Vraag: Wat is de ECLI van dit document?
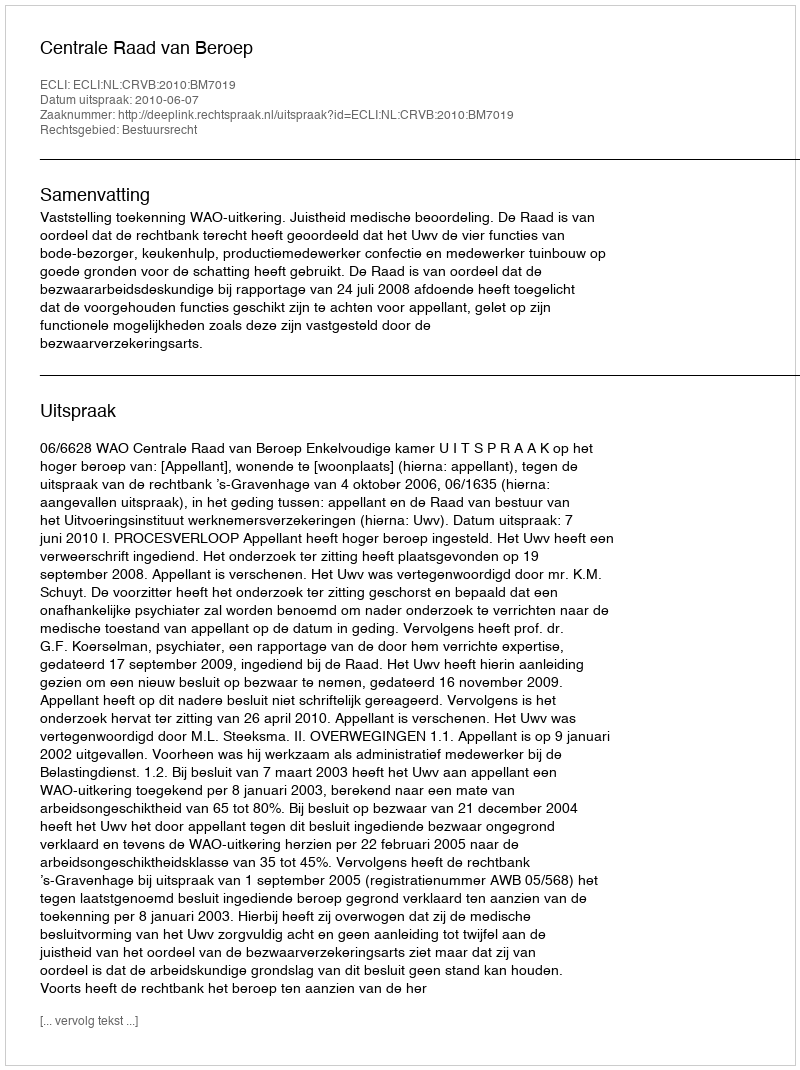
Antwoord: ECLI:NL:CRVB:2010:BM7019